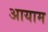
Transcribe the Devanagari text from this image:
अायाम